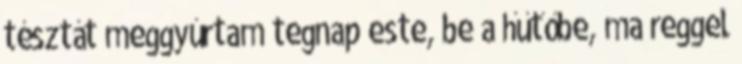
tésztát meggyúrtam tegnap este, be a hűtőbe, ma reggel